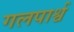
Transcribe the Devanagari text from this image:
गलपार्श्व